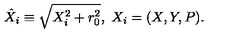
\hat { X } _ { i } \equiv \sqrt { X _ { i } ^ { 2 } + r _ { 0 } ^ { 2 } } , \ X _ { i } = ( X , Y , P ) .